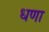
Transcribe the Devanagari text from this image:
धणा